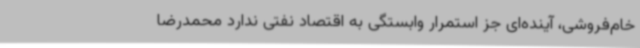
خام‌فروشی، آینده‌ای جز استمرار وابستگی به اقتصاد نفتی ندارد محمدرضا